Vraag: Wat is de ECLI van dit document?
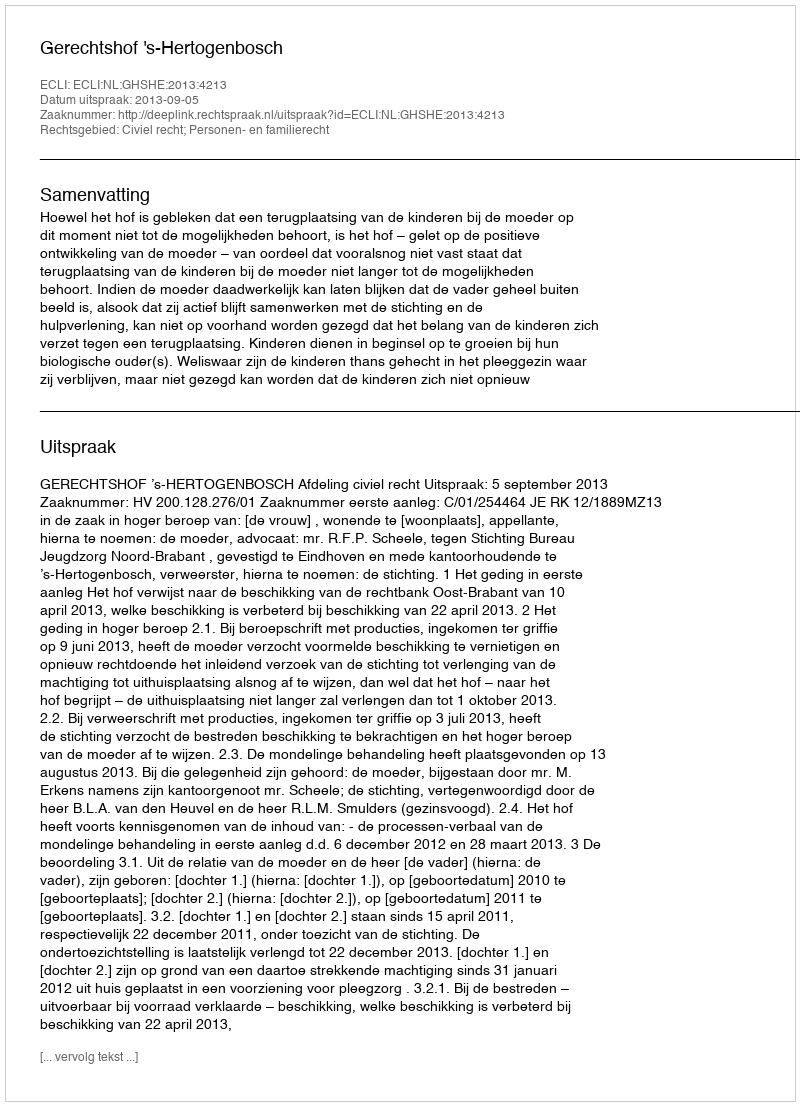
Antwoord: ECLI:NL:GHSHE:2013:4213